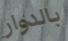
بالدوار